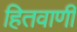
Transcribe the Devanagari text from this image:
हितवाणी